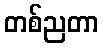
တစ်ညတာ